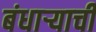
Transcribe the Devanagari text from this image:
बंधार्‍याची